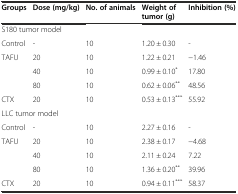
| Groups | Dose (mg/kg) | No. of animals | Weight of tumor (g) | Inhibition (%) |
 | --- | --- | --- | --- | --- |
 | <COLSPAN=5> S180 tumor model |
 | Control | - | 10 | 1.20 ± 0.30 | - |
 | TAFU | 20 | 10 | 1.22 ± 0.21 | −1.46 |
 |  | 40 | 10 | 0.99 ± 0.10* | 17.80 |
 |  | 80 | 10 | 0.62 ± 0.06** | 48.56 |
 | CTX | 20 | 10 | 0.53 ± 0.13*** | 55.92 |
 | <COLSPAN=5> LLC tumor model |
 | Control | - | 10 | 2.27 ± 0.16 | - |
 | TAFU | 20 | 10 | 2.38 ± 0.17 | −4.68 |
 |  | 40 | 10 | 2.11 ± 0.24 | 7.22 |
 |  | 80 | 10 | 1.36 ± 0.20** | 39.96 |
 | CTX | 20 | 10 | 0.94 ± 0.11*** | 58.37 |